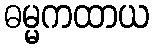
ဓမ္မကထာယ